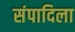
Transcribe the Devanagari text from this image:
संपादिला